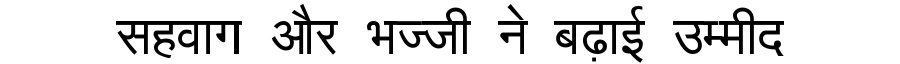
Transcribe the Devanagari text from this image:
सहवाग और भज्जी ने बढ़ाई उम्मीद